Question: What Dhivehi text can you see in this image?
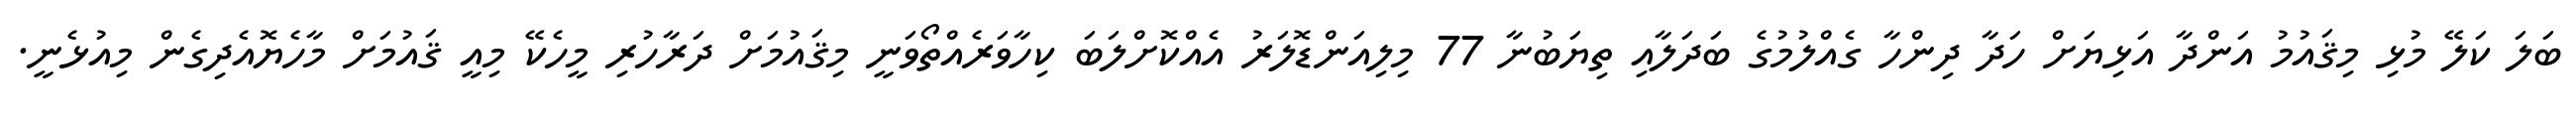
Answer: ބަލަ ކަލޭ މުޅި މިޤައުމު އަންދާ އަޅިޔަށް ހަދާ ދިންހާ ގެއްލުމުގެ ބަދަލާއި ތިޔަބުނާ 77 މިލިއަންޑޮލަރު އެއްކޮށްލަބަ ކިހާވަރެއްތޯވަނީ މިޤައުމަށް ދަރާހުރި މީހެކޭ މިއީ ޤައުމަށް މާހެޔޮއެދިގެން މިއުޅެނީ.